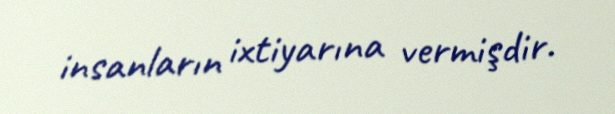
insanların ixtiyarına vermişdir.